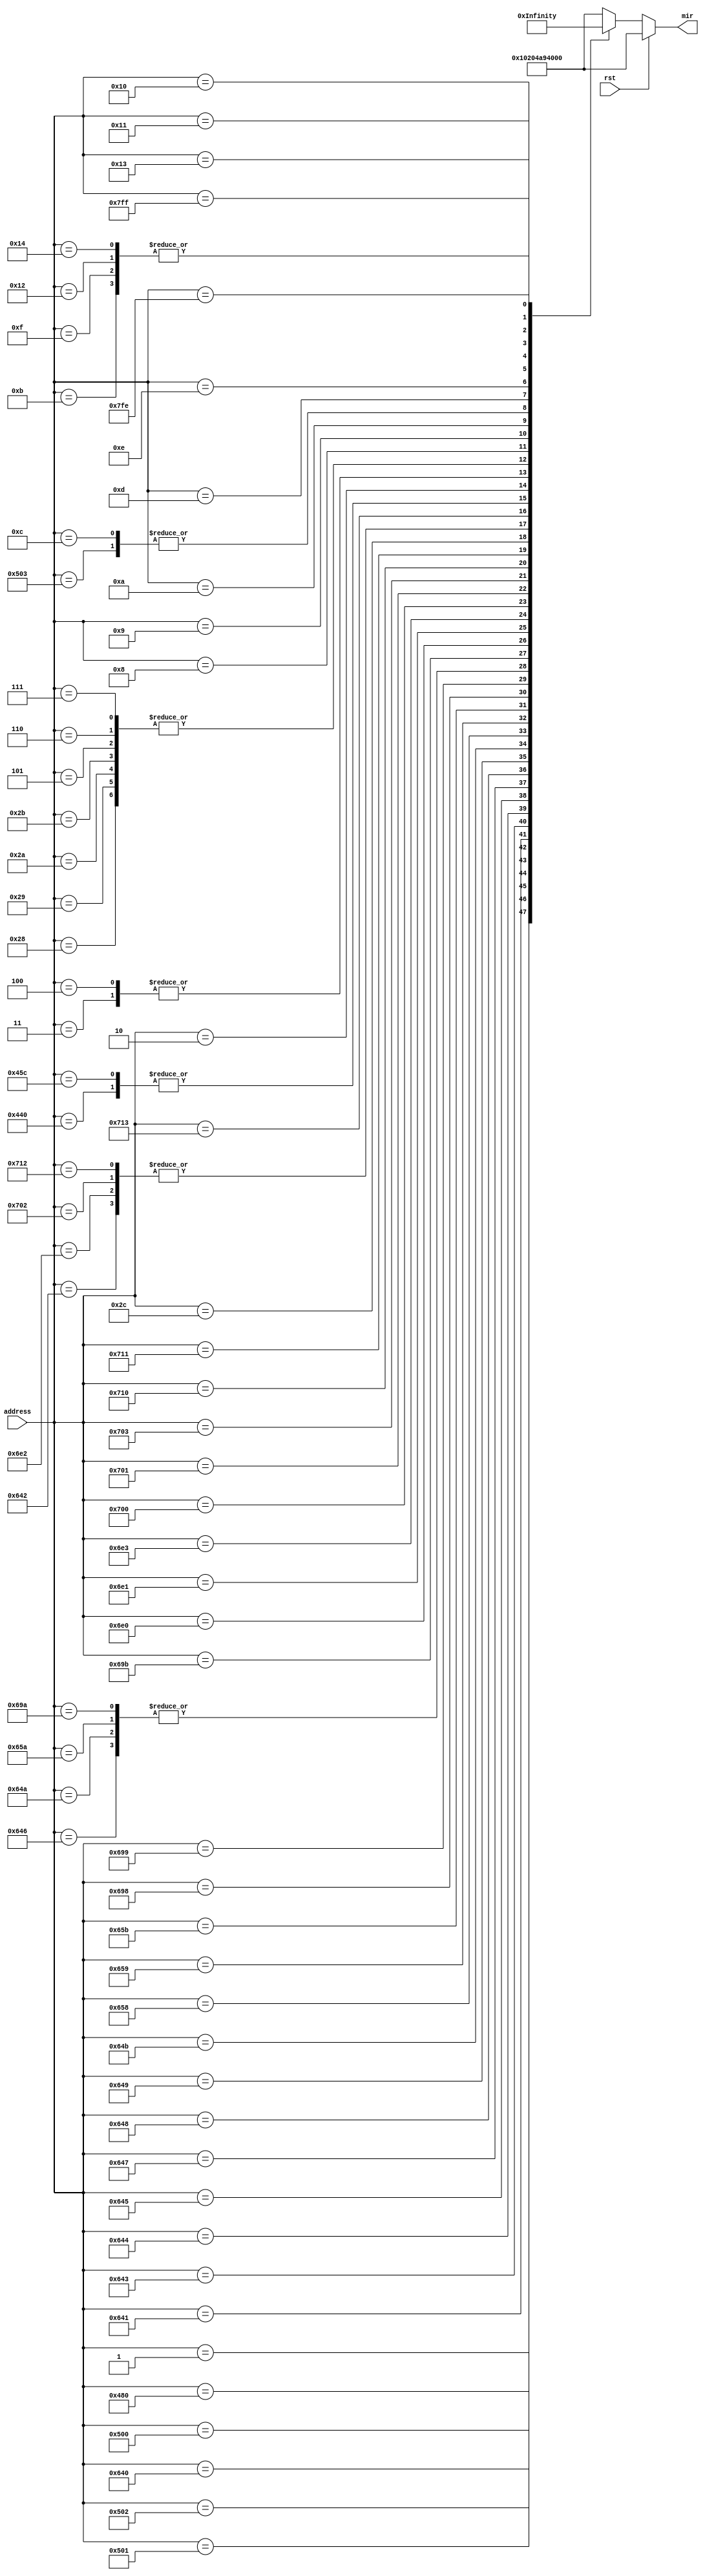
module control_store (
input rst,
input [10:0]	address,
output reg[40:0] mir 
);




always@(*)
begin

if (rst)
	mir=41'b10000001000000100101010010100000000000000;	
else
begin
	case(address)
0:mir=41'b10000001000000100101010010100000000000000;//Initial instruction
1:mir=41'b00000000000000000000000010111100000000000;//DECODE
1152:mir=41'b10010100000000000000100101011011111111111;//sethi (Lshift of ri to a chossen register)

/*call*/
1280:mir=41'b10000001000000001111000010100000000000000;//pc to R15
1281:mir=41'b10010101001010100001000100000000000000000;//left-shift of ri  to temp0
1282:mir=41'b10000101000010100001000100000000000000000;// left-shift of temp0 to temp0
1283:mir=41'b10000001000010100000000100011000000000000;// new pc: adding pc and temp0
1600:mir=41'b00000000000000000000000010110111001000010;
1601:mir=41'b00000010000001000000100001111011111111111;
1602:mir=41'b10010100000000100001000110000000000000000;
1603:mir=41'b00000011000010000000100001111011111111111;
1604:mir=41'b00000000000000000000000010110111001000110;
1605:mir=41'b00000010000001000000100000011011111111111;
1606:mir=41'b10010100000000100001000101100000000000000;
1607:mir=41'b00000011000010000000100000011011111111111;
1608:mir=41'b00000000000000000000000010110111001001010;
1609:mir=41'b00000010000001000000100000111011111111111;
1610:mir=41'b10010100000000100001000101100000000000000;
1611:mir=41'b00000011000010000000100000111011111111111;
1624:mir=41'b00000000000000000000000010110111001011010;
1625:mir=41'b00000010000001000000100001011011111111111;
1626:mir=41'b10010100000000100001000101100000000000000;
1627:mir=41'b00000011000010000000100001011011111111111;
1688:mir=41'b00000000000000000000000010100011010011010;
1689:mir=41'b00000010000001000000100010011011111111111;
1690:mir=41'b10010100000000100001000101100000000000000;
1691:mir=41'b00000011000010000000100010011011111111111;
1760:mir=41'b00000000000000000000000010110111011100010;
1761:mir=41'b00000010000001100000000100011000000000000;
1762:mir=41'b10010100000000100001000110000000000000000;
1763:mir=41'b00000011000010100000000100011000000000000;
1792:mir=41'b00000010000001100001000100010111100000010;

1793:mir=41'b10000101000010000000110010111011111111111;
1794:mir=41'b10010100000000100001000110000000000000000;
1795:mir=41'b00000011000010100001000100011011100000001;
1808:mir=41'b00000010000001100001000100010111100010010;
1809:mir=41'b10010100000000100101000111111000000101000;
40:mir=41'b10010100000000100101000111100000000000000;
41:mir=41'b10010100000000100101000111100000000000000;
42:mir=41'b10010100000000100101000111100000000000000;
43:mir=41'b10010100000000100101000111100000000000000;
44:mir=41'b10000100000001000000001010111011111111111;
1810:mir=41'b10010100000000100001000110000000000000000;
1811:mir=41'b00000011000010100001000100011011100010001;
1088:mir=41'b00000000000000000000000010111000000000010;
1116:mir=41'b00000000000000000000000010111000000000010;
2:mir=41'b10010100000000100001000101000000000000000;
3:mir=41'b10000100000000100001000111100000000000000;
4:mir=41'b10000100000000100001000111100000000000000;
5:mir=41'b10010100000000100101000111100000000000000;
6:mir=41'b10010100000000100101000111100000000000000;
7:mir=41'b10010100000000100101000111100000000000000;
8:mir=41'b10010101001010100101000100010100000001100;
9:mir=41'b10010101001010100101000100010100000001101;
10:mir=41'b10010101001010100101000100001000000001100;
11:mir=41'b00000000000000000000000010111011111111111;
12:mir=41'b10000001000010100000000100011000000000000;
13:mir=41'b10010101001010100101000100010100000010000;
14:mir=41'b00000000000000000000000010110000000001100;
15:mir=41'b00000000000000000000000010111011111111111;
16:mir=41'b00000000000000000000000010110100000010011;
17:mir=41'b00000000000000000000000010100100000001100;
18:mir=41'b00000000000000000000000010111011111111111;
19:mir=41'b00000000000000000000000010101100000001100;
20:mir=41'b00000000000000000000000010111011111111111;
2047:mir=41'b10000000000000100000000111011000000000000;

2046:mir=41'b11111111111111111111111111111111111111111;

default:mir=41'b10000001000000100101010010100000000000000;

endcase
end
	end
endmodule